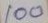
100